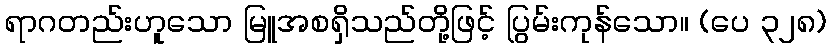
ရာဂတည်းဟူသော မြူအစရှိသည်တို့ဖြင့် ပြွမ်းကုန်သော။ (ပေ ၃၂၈)